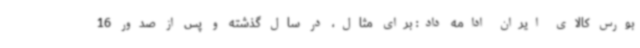
بورس کالای ایران ادامه داد: برای مثال، در سال گذشته و پس از صدور 16